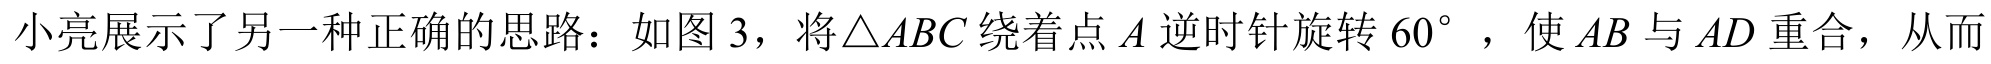
小亮展示了另一种正确的思路：如图 3，将\(\triangle ABC\)绕着点\(A\)逆时针旋转\(60^{\circ}\)，使\(AB\)与\(AD\)重合，从而